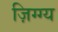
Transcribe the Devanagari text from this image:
ज़िग्ग्य